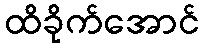
ထိခိုက်အောင်